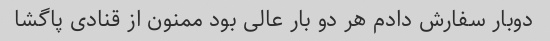
دوبار سفارش دادم هر دو بار عالی بود ممنون از قنادی پاگشا